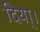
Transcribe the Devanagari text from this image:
दिया्।